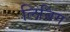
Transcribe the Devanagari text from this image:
लिविग